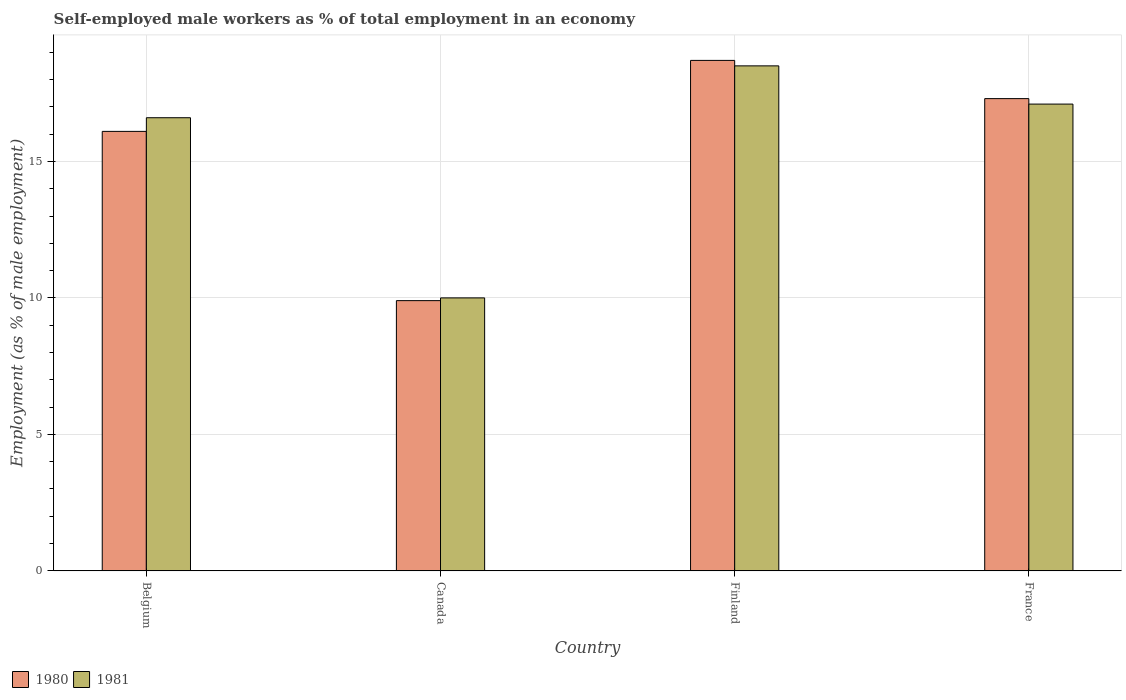
| Country | 1980 | 1981 |
 | --- | --- | --- |
 | Belgium | 16.1 | 16.6 |
 | Canada | 9.9 | 10 |
 | Finland | 18.7 | 18.5 |
 | France | 17.3 | 17.1 |